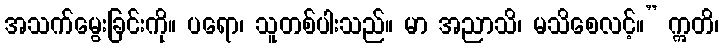
အသက်မွေးခြင်းကို။ ပရော၊ သူတစ်ပါးသည်။ မာ အညာသိ၊ မသိစေလင့်။” ဣတိ၊